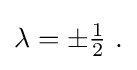
{\textstyle \lambda =\pm {\frac {1}{2}}~.}